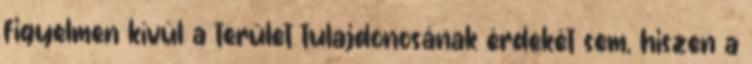
figyelmen kívül a terület tulajdonosának érdekét sem, hiszen a